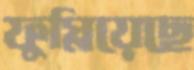
ফুস্‌লিয়েছে